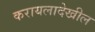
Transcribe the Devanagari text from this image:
करायलादेखील